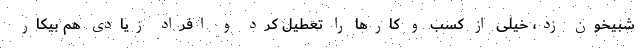
شبیخون زد، خیلی از کسب و کارها را تعطیل کرد و افراد زیادی هم بیکار